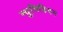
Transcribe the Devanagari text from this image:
न्युमिडियन